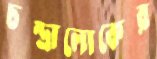
চন্দ্রালোকের